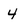
Character: 4